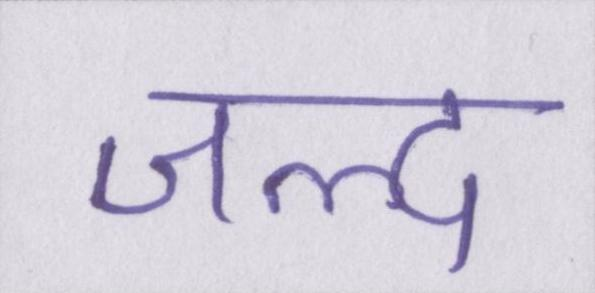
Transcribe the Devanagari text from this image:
जल्द